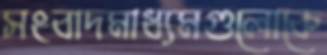
সংবাদমাধ্যমগুলোকে